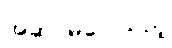
အဆင်မပြေသည့်